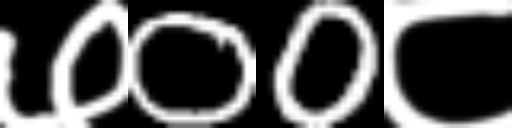
Text: ७00८